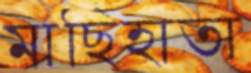
মাছিহাতা